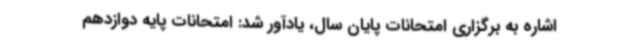
اشاره به برگزاری امتحانات پایان سال، یادآور شد: امتحانات پایه دوازدهم